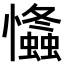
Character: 𢥕